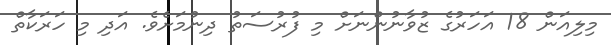
މިލިއަން 18 އަހަރުގެ ޒުވާނުންނަށް މި ފުރުސަތު ދިނުމަށެވެ. އަދި މި ހަރަކާތް